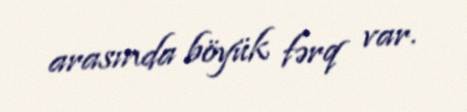
arasında böyük fərq var.